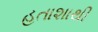
હતાશાથી